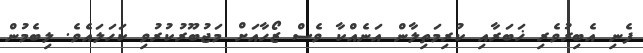
ފެނި އެބިރުވެރި ޚަބަރާއި ކުރިމަތިލާން އަނެއްކާ ވެސް ޒޯހާއަށް މަޖުބޫރުކުރުވި ކަހަލައެވެ. ލިބެމުން